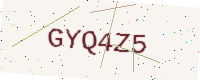
Text: GYQ4Z5